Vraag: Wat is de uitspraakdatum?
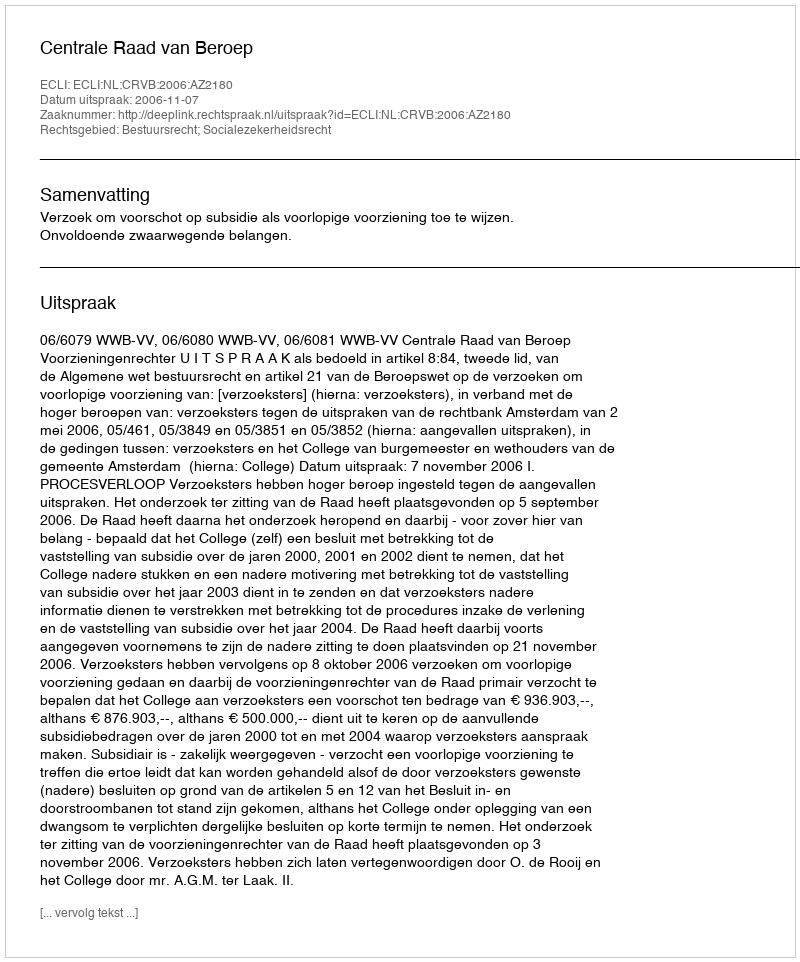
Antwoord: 2006-11-07